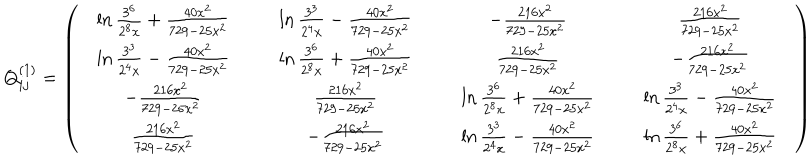
Q _ { i j } ^ { ( 1 ) } = \left( \begin{array} { c c c c } { { \ln \frac { 3 ^ { 6 } } { 2 ^ { 8 } x } + \frac { 4 0 x ^ { 2 } } { 7 2 9 - 2 5 x ^ { 2 } } } } & { { \ln \frac { 3 ^ { 3 } } { 2 ^ { 4 } x } - \frac { 4 0 x ^ { 2 } } { 7 2 9 - 2 5 x ^ { 2 } } } } & { { - \frac { 2 1 6 x ^ { 2 } } { 7 2 9 - 2 5 x ^ { 2 } } } } & { { \frac { 2 1 6 x ^ { 2 } } { 7 2 9 - 2 5 x ^ { 2 } } } } \\ { { \ln \frac { 3 ^ { 3 } } { 2 ^ { 4 } x } - \frac { 4 0 x ^ { 2 } } { 7 2 9 - 2 5 x ^ { 2 } } } } & { { \ln \frac { 3 ^ { 6 } } { 2 ^ { 8 } x } + \frac { 4 0 x ^ { 2 } } { 7 2 9 - 2 5 x ^ { 2 } } } } & { { \frac { 2 1 6 x ^ { 2 } } { 7 2 9 - 2 5 x ^ { 2 } } } } & { { - \frac { 2 1 6 x ^ { 2 } } { 7 2 9 - 2 5 x ^ { 2 } } } } \\ { { - \frac { 2 1 6 x ^ { 2 } } { 7 2 9 - 2 5 x ^ { 2 } } } } & { { \frac { 2 1 6 x ^ { 2 } } { 7 2 9 - 2 5 x ^ { 2 } } } } & { { \ln \frac { 3 ^ { 6 } } { 2 ^ { 8 } x } + \frac { 4 0 x ^ { 2 } } { 7 2 9 - 2 5 x ^ { 2 } } } } & { { \ln \frac { 3 ^ { 3 } } { 2 ^ { 4 } x } - \frac { 4 0 x ^ { 2 } } { 7 2 9 - 2 5 x ^ { 2 } } } } \\ { { \frac { 2 1 6 x ^ { 2 } } { 7 2 9 - 2 5 x ^ { 2 } } } } & { { - \frac { 2 1 6 x ^ { 2 } } { 7 2 9 - 2 5 x ^ { 2 } } } } & { { \ln \frac { 3 ^ { 3 } } { 2 ^ { 4 } x } - \frac { 4 0 x ^ { 2 } } { 7 2 9 - 2 5 x ^ { 2 } } } } & { { \ln \frac { 3 ^ { 6 } } { 2 ^ { 8 } x } + \frac { 4 0 x ^ { 2 } } { 7 2 9 - 2 5 x ^ { 2 } } } } \\ \end{array} \right)